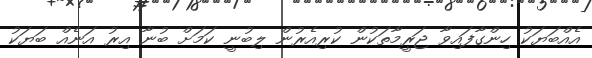
އެއްބަޔަކު ހިންގާފައިވާ ޖަރީމާތަކުން ކުރިއެރުން ލިބުނީ ކަމަށް ބުނާ އިރު އަނެއް ބަޔަކު